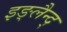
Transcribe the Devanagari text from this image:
इङ्लैन्द्